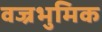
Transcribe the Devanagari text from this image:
वज्रभुमिक